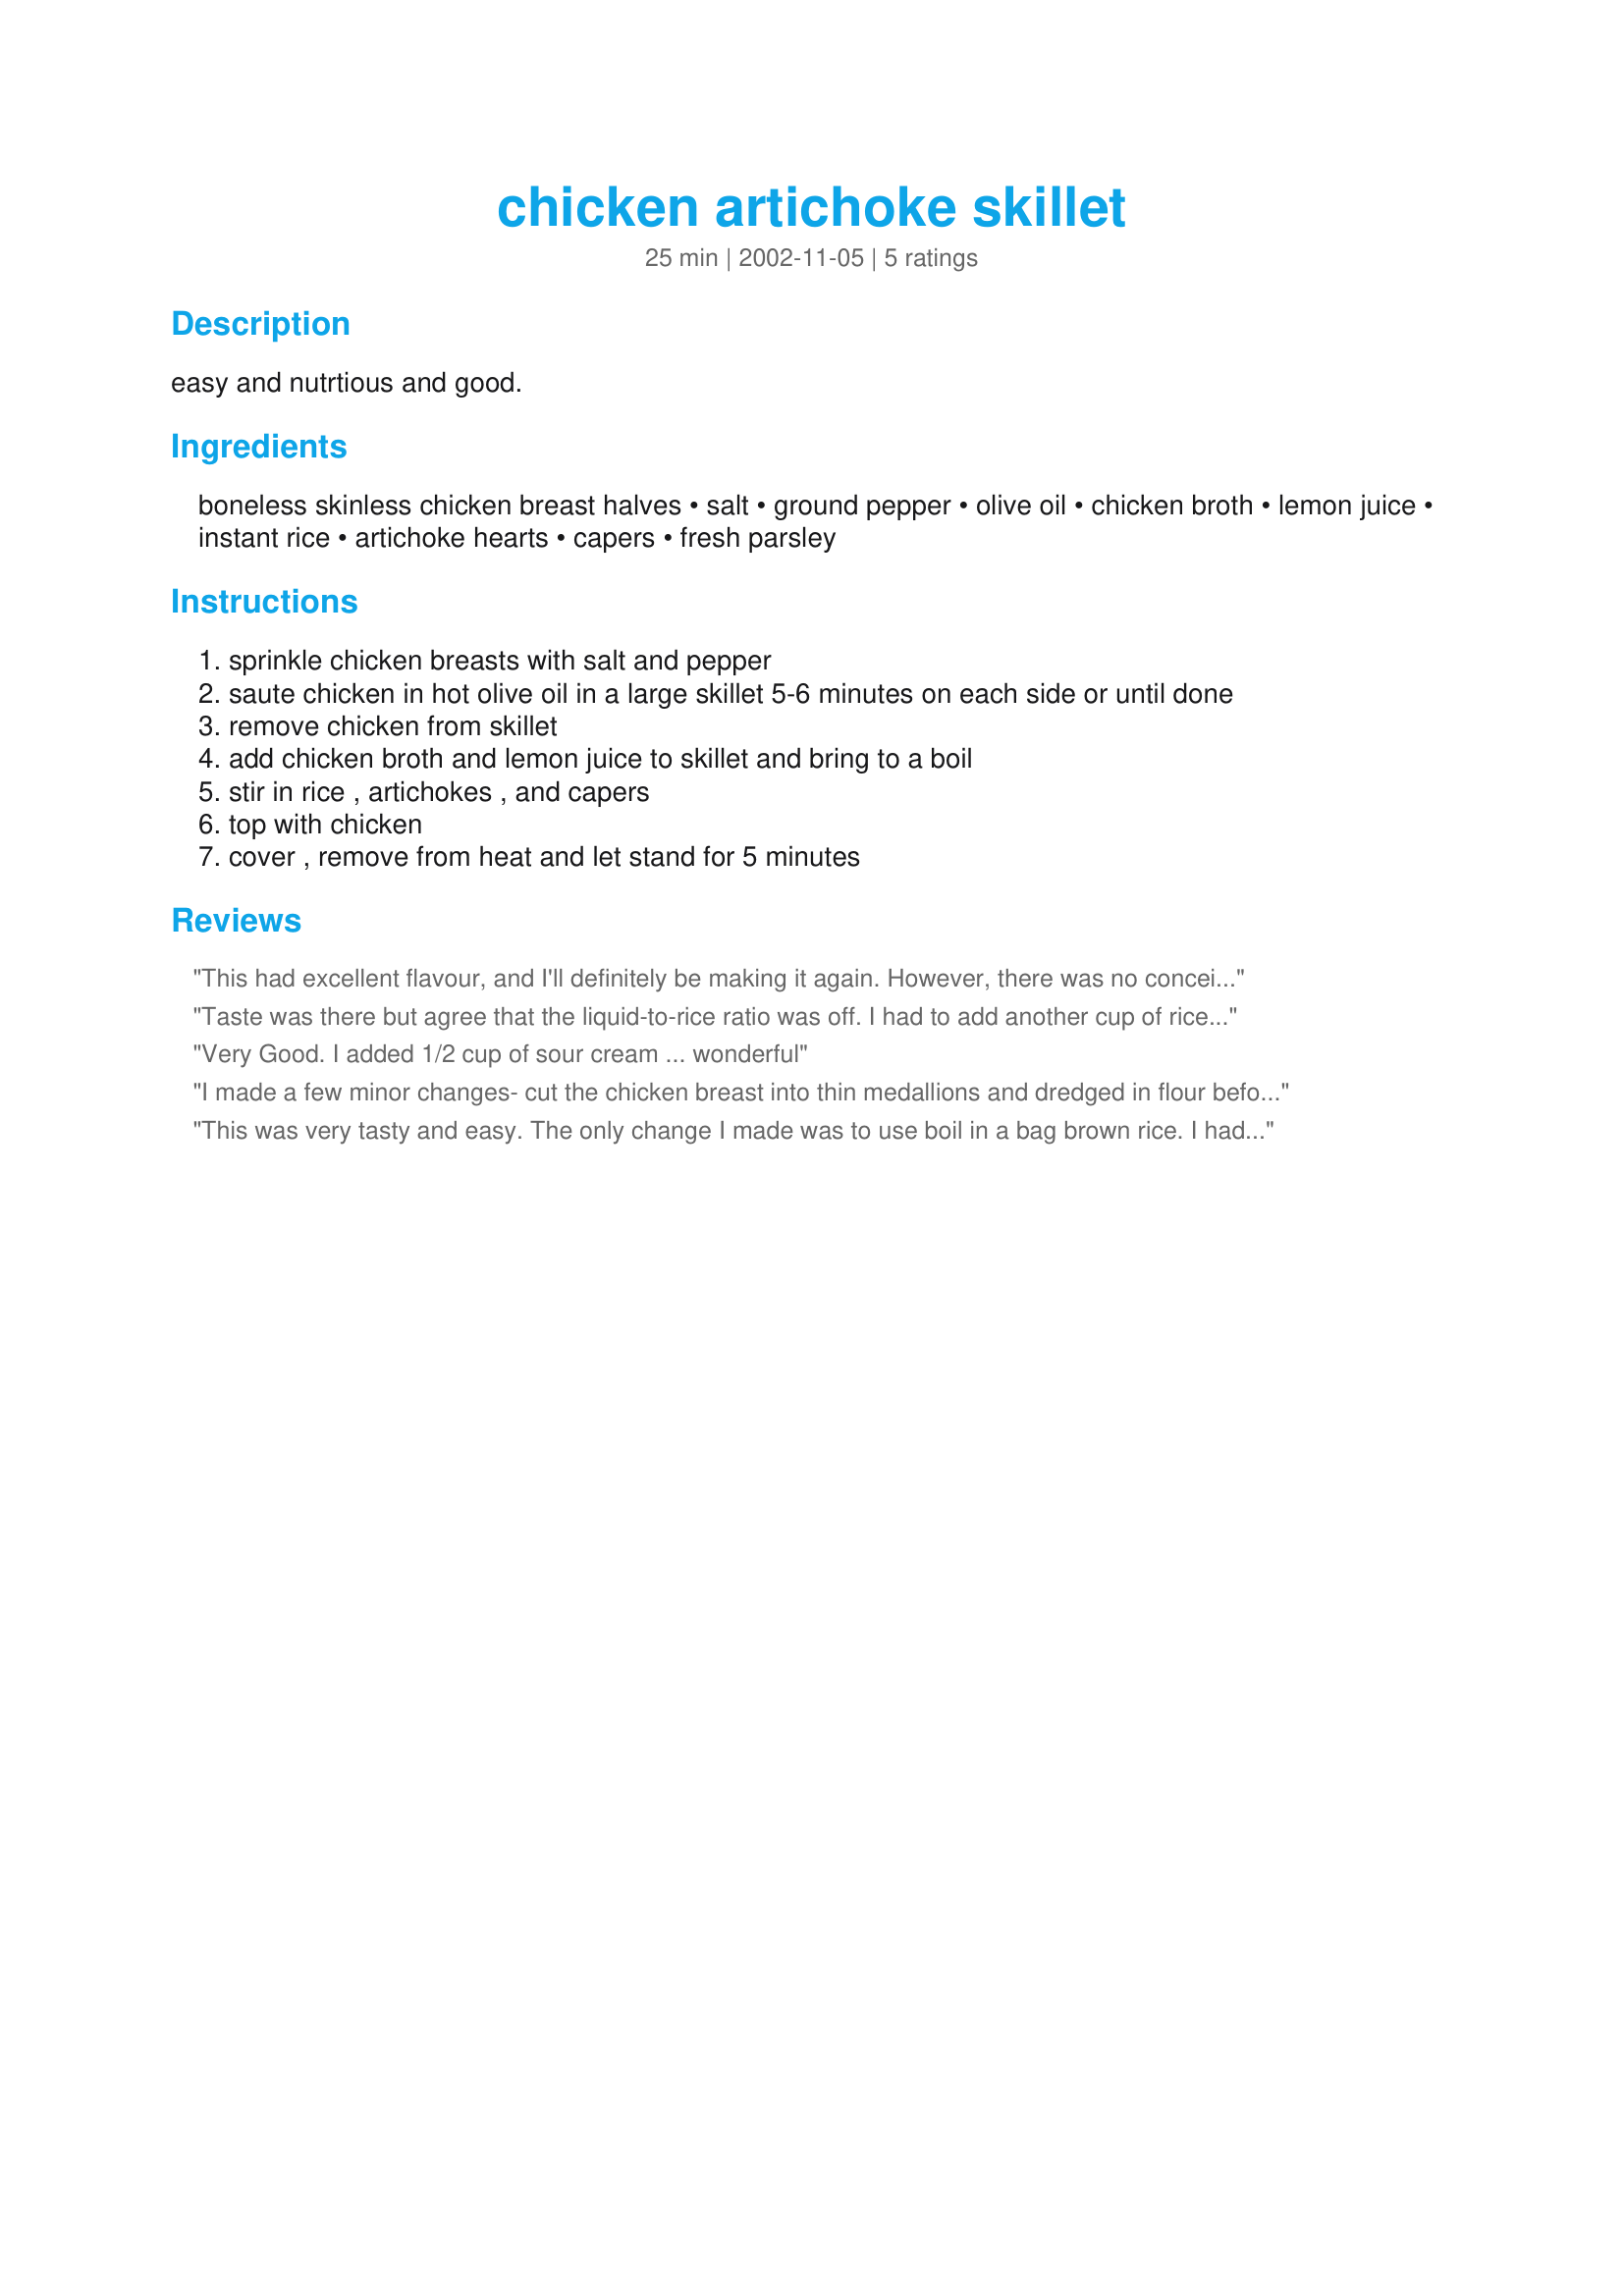
chicken artichoke skillet
Preparation time: 25 minutes

easy and nutrtious and good.

Ingredients:
boneless skinless chicken breast halves, salt, ground pepper, olive oil, chicken broth, lemon juice, instant rice, artichoke hearts, capers, fresh parsley

Steps:
sprinkle chicken breasts with salt and pepper
saute chicken in hot olive oil in a large skillet 5-6 minutes on each side or until done
remove chicken from skillet
add chicken broth and lemon juice to skillet and bring to a boil
stir in rice , artichokes , and capers
top with chicken
cover , remove from heat and let stand for 5 minutes

Reviews:
This had excellent flavour, and I'll definitely be making it again. However, there was no conceivable way the rice was going to absorb that much liquid. I let it sit for 10 minutes, and still had about 1/4 inch of liquid in the bottom of the pan. I'll reduce the chicken stock next time by 1/2 cup and see if that works. The only change I made was to use chopped olives rather than capers, since we like them better.
Taste was there but agree that the liquid-to-rice ratio was off. I had to add another cup of rice to get the dish to the correct consistency (unless it was supposed to be soupy rather than thick). But we enjoyed it and I'll make this again. Thank you for posting! (Oh, and I diced the chicken rather than cook whole breasts -- easier to dish out.)
Very Good. I added 1/2 cup of sour cream ... wonderful
I made a few minor changes- cut the chicken breast into thin medallions and dredged in flour before sauteeing. Also, I didn't have artichoke hearts, so I used sliced hearts of palm. The dish couldn't have been easier and I really loved the flavours- don't leave out the capers, they add something. I think you could do alot with this- throw in a variety of cooked veggies, garlic, seasonings... there are alot of possibilities. Next time, I would add more rice (and corresponding liquid of course) because I found myself scraping the bottom of the pot for more rice. Thanks for posting this, I will make it again for sure.
This was very tasty and easy. The only change I made was to use boil in a bag brown rice. I had to leave the heat on for a while in order for the rice to cook long enough. It was delicious and easy - I'll be making again!
